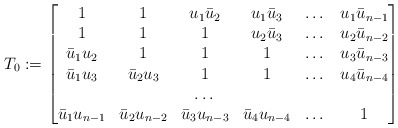
\begin{align*}T_0:=\begin{bmatrix}1 & 1 & u_1\bar u_2 & u_1\bar u_3 & \dots & u_1\bar u_{n-1}\\1 & 1 & 1 & u_2\bar u_3 & \dots & u_2\bar u_{n-2}\\\bar u_1u_2 & 1 & 1 & 1 & \dots & u_3\bar u_{n-3}\\\bar u_1u_3 & \bar u_2u_3 & 1 & 1 & \dots & u_4\bar u_{n-4}\\ & & \dots & & \\\bar u_1u_{n-1} & \bar u_2u_{n-2} & \bar u_3u_{n-3} & \bar u_4u_{n-4} & \dots & 1\end{bmatrix}\end{align*}